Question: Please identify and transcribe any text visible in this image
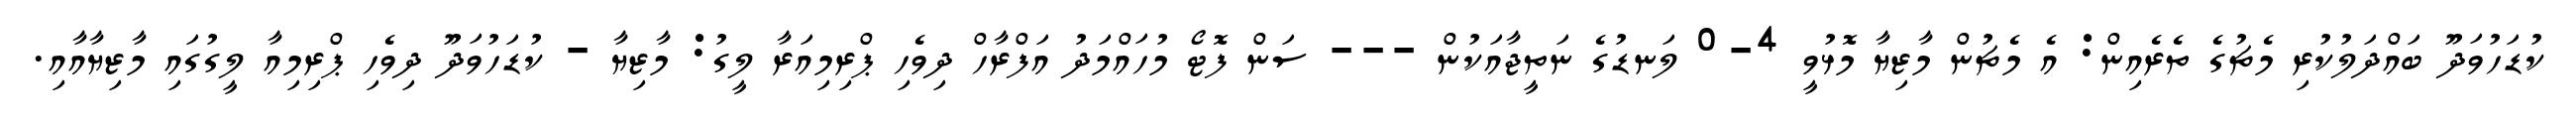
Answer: ކުޑަހުވަދޫ ބައްދަލުކުރި މެޗުގެ ތެރެއިން: އެ މެޗުން މާޒިޔާ މޮޅުވީ 4-0 ލަނޑުގެ ނަތީޖާއަކުން --- ސަން ފޮޓޯ މުހައްމަދު އަފްރާހް ދިވެހި ޕްރިމިއަރާ ލީގު: މާޒިޔާ - ކުޑަހުވަދޫ ދިވެހި ޕްރިމިއާ ލީގުގައި މާޒިޔާއާއި.